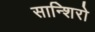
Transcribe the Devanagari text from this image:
सान्शिरो